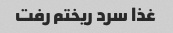
غذا سرد ریختم رفت